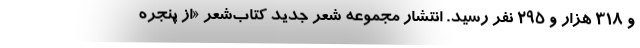
و ۳۱۸ هزار و ۲۹۵ نفر رسید. انتشار مجموعه شعر جدید کتاب‌شعر «از پنجره